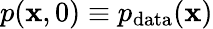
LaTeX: p(\mathbf{x},0)\equiv p_{\mathrm{data}}(\mathbf{x})